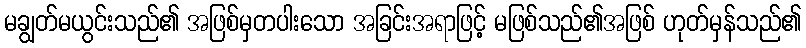
မချွတ်မယွင်းသည်၏ အဖြစ်မှတပါးသော အခြင်းအရာဖြင့် မဖြစ်သည်၏အဖြစ် ဟုတ်မှန်သည်၏